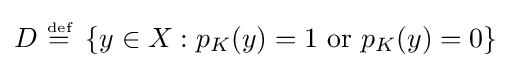
{\textstyle D~{\stackrel {\scriptscriptstyle {\text{def}}}{=}}~\left\{y\in X:p_{K}(y)=1{\text{ or }}p_{K}(y)=0\right\}}